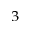
_ 3